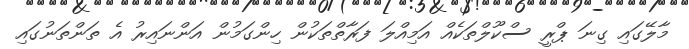
މާލޭގައި ގިނަ ޕްރީ ސްކޫލްތަކެއް އަމިއްލަ ފަރާތްތަކުން ހިންގަމުން އަންނައިރު އެ ތަންތަނުގައި